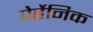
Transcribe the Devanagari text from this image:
पेर्हेनिक